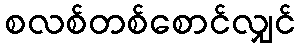
စလစ်တစ်စောင်လျှင်